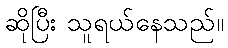
ဆိုပြီး သူရယ်နေသည်။